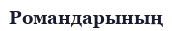
Романдарының